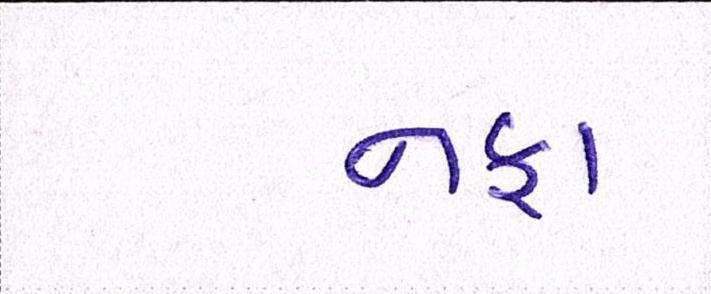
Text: નફા